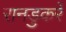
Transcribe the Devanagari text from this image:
रानडुकरें